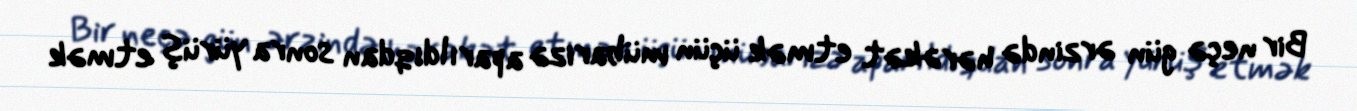
Bir neçə gün ərzində hərəkət etmək üçün mübarizə aparıldıqdan sonra yürüş etmək